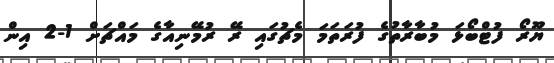
ޔޫރޯ ފުޓްބޯޅަ މުބާރާތުގެ ފުރަތަމަ މެޗުގައި ރޭ ރުމޭނިއާގެ މައްޗަށް 1-2 އިން